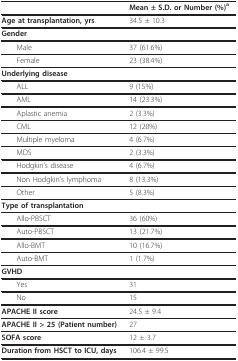
<table><thead><tr><td>[EMPTY_CELL]</td><td><b>Mean ± S.D. or Number (%)<sup>a</sup></b></td></tr></thead><tbody><tr><td><b>Age at transplantation, yrs</b>.</td><td>34.5 ± 10.3</td></tr><tr><td colspan="2"><b>Gender</b></td></tr><tr><td> Male</td><td>37 (61.6%)</td></tr><tr><td> Female</td><td>23 (38.4%)</td></tr><tr><td colspan="2"><b>Underlying disease</b></td></tr><tr><td> ALL</td><td>9 (15%)</td></tr><tr><td> AML</td><td>14 (23.3%)</td></tr><tr><td> Aplastic anemia</td><td>2 (3.3%)</td></tr><tr><td> CML</td><td>12 (20%)</td></tr><tr><td> Multiple myeloma</td><td>4 (6.7%)</td></tr><tr><td> MDS</td><td>2 (3.3%)</td></tr><tr><td> Hodgkin's disease</td><td>4 (6.7%)</td></tr><tr><td> Non Hodgkin's lymphoma</td><td>8 (13.3%)</td></tr><tr><td> Other</td><td>5 (8.3%)</td></tr><tr><td colspan="2"><b>Type of transplantation</b></td></tr><tr><td> Allo-PBSCT</td><td>36 (60%)</td></tr><tr><td> Auto-PBSCT</td><td>13 (21.7%)</td></tr><tr><td> Allo-BMT</td><td>10 (16.7%)</td></tr><tr><td> Auto-BMT</td><td>1 (1.7%)</td></tr><tr><td colspan="2"><b>GVHD</b></td></tr><tr><td> Yes</td><td>31</td></tr><tr><td> No</td><td>15</td></tr><tr><td><b>APACHE II score</b></td><td>24.5 ± 9.4</td></tr><tr><td><b>APACHE II &gt; 25 (Patient number)</b></td><td>27</td></tr><tr><td><b>SOFA score</b></td><td>12 ± 3.7</td></tr><tr><td><b>Duration from HSCT to ICU, days</b></td><td>106.4 ± 99.5</td></tr></tbody></table>